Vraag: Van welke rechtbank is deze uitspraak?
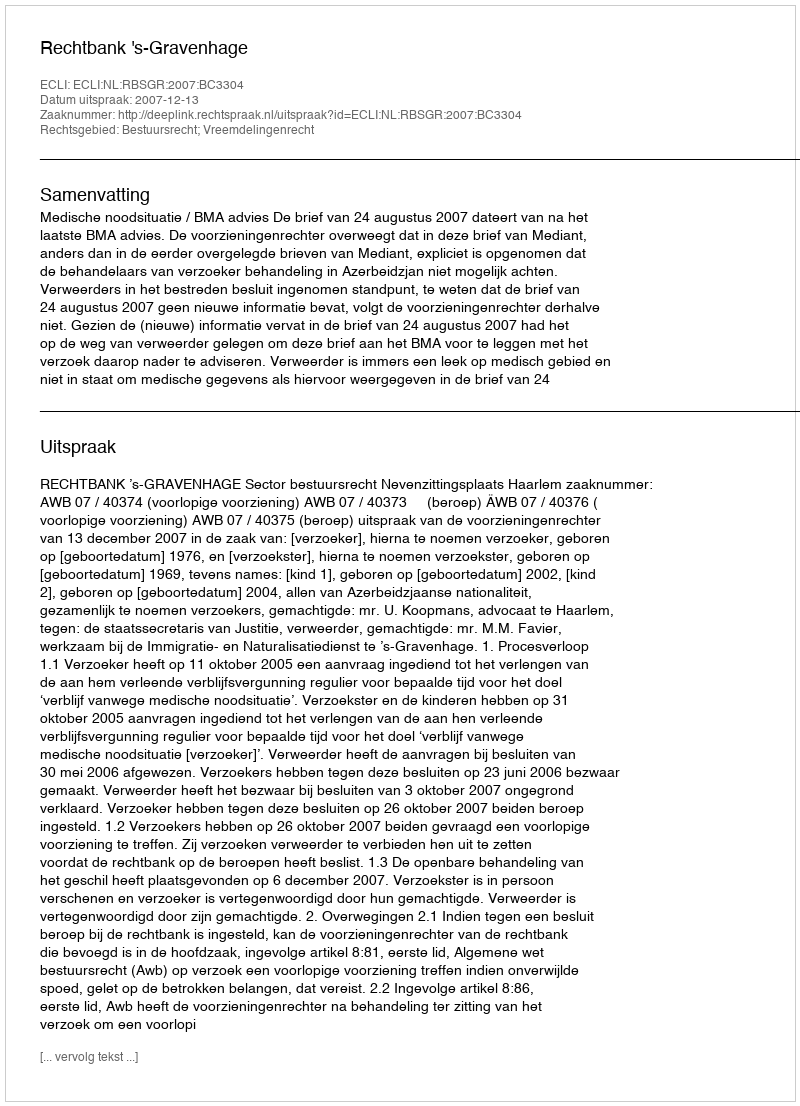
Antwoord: Rechtbank 's-Gravenhage